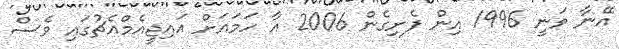
އޭނާ ވަނީ 1996 އިން ފެށިގެން 2006 އާ ހަމައަށް އައިޖީއެމްއެޗުގައި ވެސް